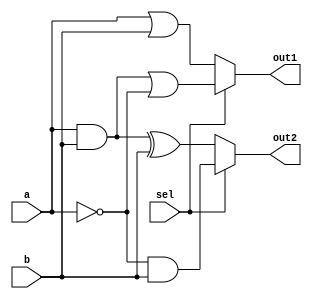
module combinational_logic (
    input  wire [3:0] a,         // 4-bit input signal a
    input  wire [3:0] b,         // 4-bit input signal b
    input  wire       sel,       // Selection signal for multiplexer
    output wire [3:0] out1,      // Output for logic function 1
    output wire [3:0] out2       // Output for logic function 2
);

// Shared logic (common sub-expressions)
wire [3:0] and_ab;             // Shared AND result
wire [3:0] or_ab;              // Shared OR result
wire [3:0] not_a;              // Shared NOT of a

// Intermediate shared logic calculations
assign and_ab = a & b;         // AND operation
assign or_ab  = a | b;         // OR operation
assign not_a  = ~a;            // NOT operation

// Output logic functions utilizing shared logic
assign out1 = (sel) ? (and_ab | not_a) : or_ab; // Example function 1
assign out2 = (sel) ? (not_a & b) : (and_ab ^ b); // Example function 2

endmodule